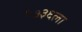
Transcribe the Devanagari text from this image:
१७३६ला